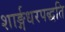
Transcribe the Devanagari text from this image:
शार्ङ्गधरपद्धति